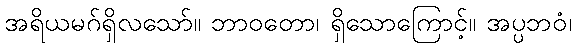
အရိယမဂ်ရှိလသော်။ ဘာဝတော၊ ရှိသောကြောင့်။ အပ္ပဘဝံ၊